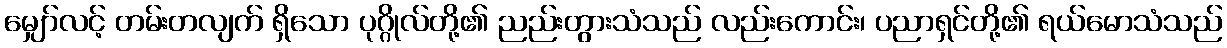
မျှော်လင့် တမ်းတလျက် ရှိသော ပုဂ္ဂိုလ်တို့၏ ညည်းတွားသံသည် လည်းကောင်း၊ ပညာရှင်တို့၏ ရယ်မောသံသည်